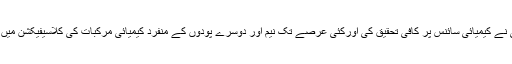
اس اہم کامیابی کے بعد ڈاکٹر سلیم الزماں صدیقی نے کیمیائی سائنس پر کافی تحقیق کی اورکئی عرصے تک نیم اور دوسرے پودوں کے منفرد کیمیائی مرکبات کی کلاسیفیکشن میں مصروف رہے جس میں انہیں کامیابی بھی ملی۔